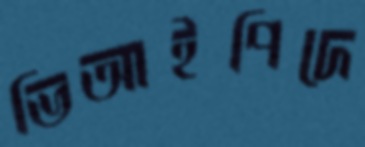
ভিআইপিদে